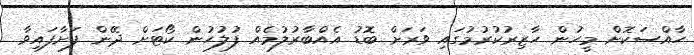
ހާއްސަކޮށް މީހުން ހާޒިރުކުރުމުގައި ވަރަށް ބޮޑު އެއްބާރުލުމެއް ފުލުހުން ކޯޓަށް ދޭން ފަށާފައިވާ